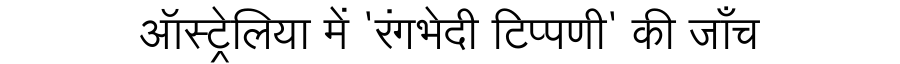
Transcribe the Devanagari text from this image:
ऑस्ट्रेलिया में 'रंगभेदी टिप्पणी' की जाँच